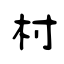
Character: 柎